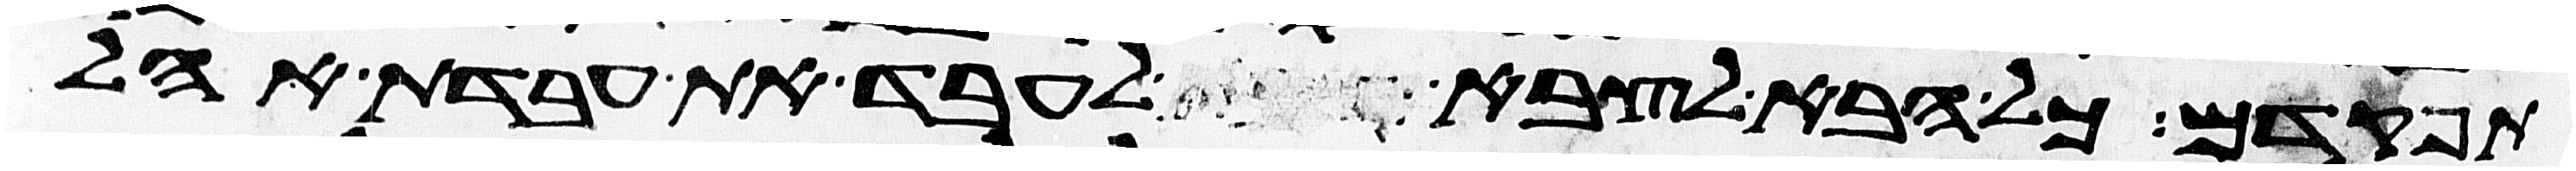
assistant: תפקדם כל הבא לצבא לעבד את עבדת אהל